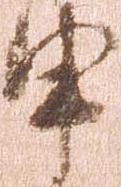
申